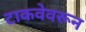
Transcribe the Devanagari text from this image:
टाकवेवरून